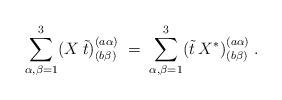
LaTeX: \begin{align*}\sum_{\alpha, \beta=1}^3 (X\: \tilde{t})^{(a \alpha)}_{(b \beta)}\;=\; \sum_{\alpha, \beta=1}^3 (\tilde{t}\: X^*)^{(a \alpha)}_{(b \beta)}\;.\end{align*}